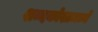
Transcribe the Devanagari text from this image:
शब्दकोशामध्ये